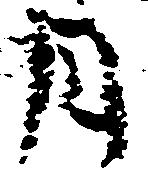
月